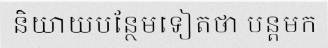
និយាយបន្ថែមទៀតថា បន្តមក